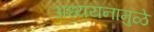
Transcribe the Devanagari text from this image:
अध्ययनामुळे